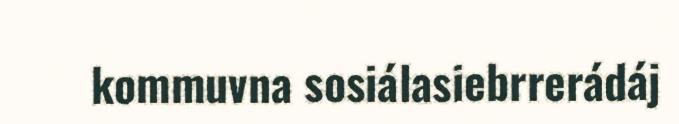
kommuvna sosiálasiebrrerádáj